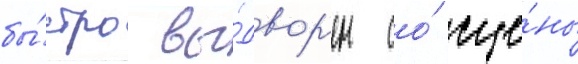
бы́стро вы́двор'ен со́ сце́ны